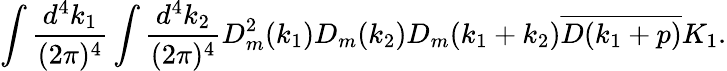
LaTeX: \begin{array}{c}{{\displaystyle\int\frac{d^{4}k_{1}}{(2\pi)^{4}}\int\frac{d^{4}k_{2}}{(2\pi)^{4}}D_{m}^{2}(k_{1})D_{m}(k_{2})D_{m}(k_{1}+k_{2})\overline{{{D(k_{1}+p)}}}K_{1}.}}\end{array}